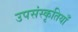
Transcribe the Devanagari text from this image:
उपसंस्कृतियाँ